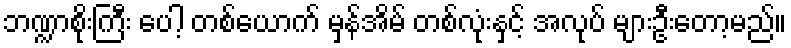
ဘဏ္ဍာစိုးကြီး ပေါ့ တစ်ယောက် မှန်အိမ် တစ်လုံးနှင့် အလုပ် များဦးတော့မည်။